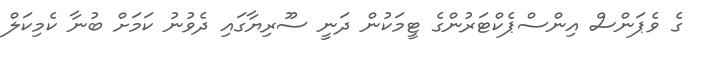
ގެ ވެޕަންސް އިންސްޕެކްޓަރުންގެ ޓީމަކުން ދަނީ ސޫރިޔާގައި ދެވުނު ކަމަށް ބުނާ ކެމިކަލް